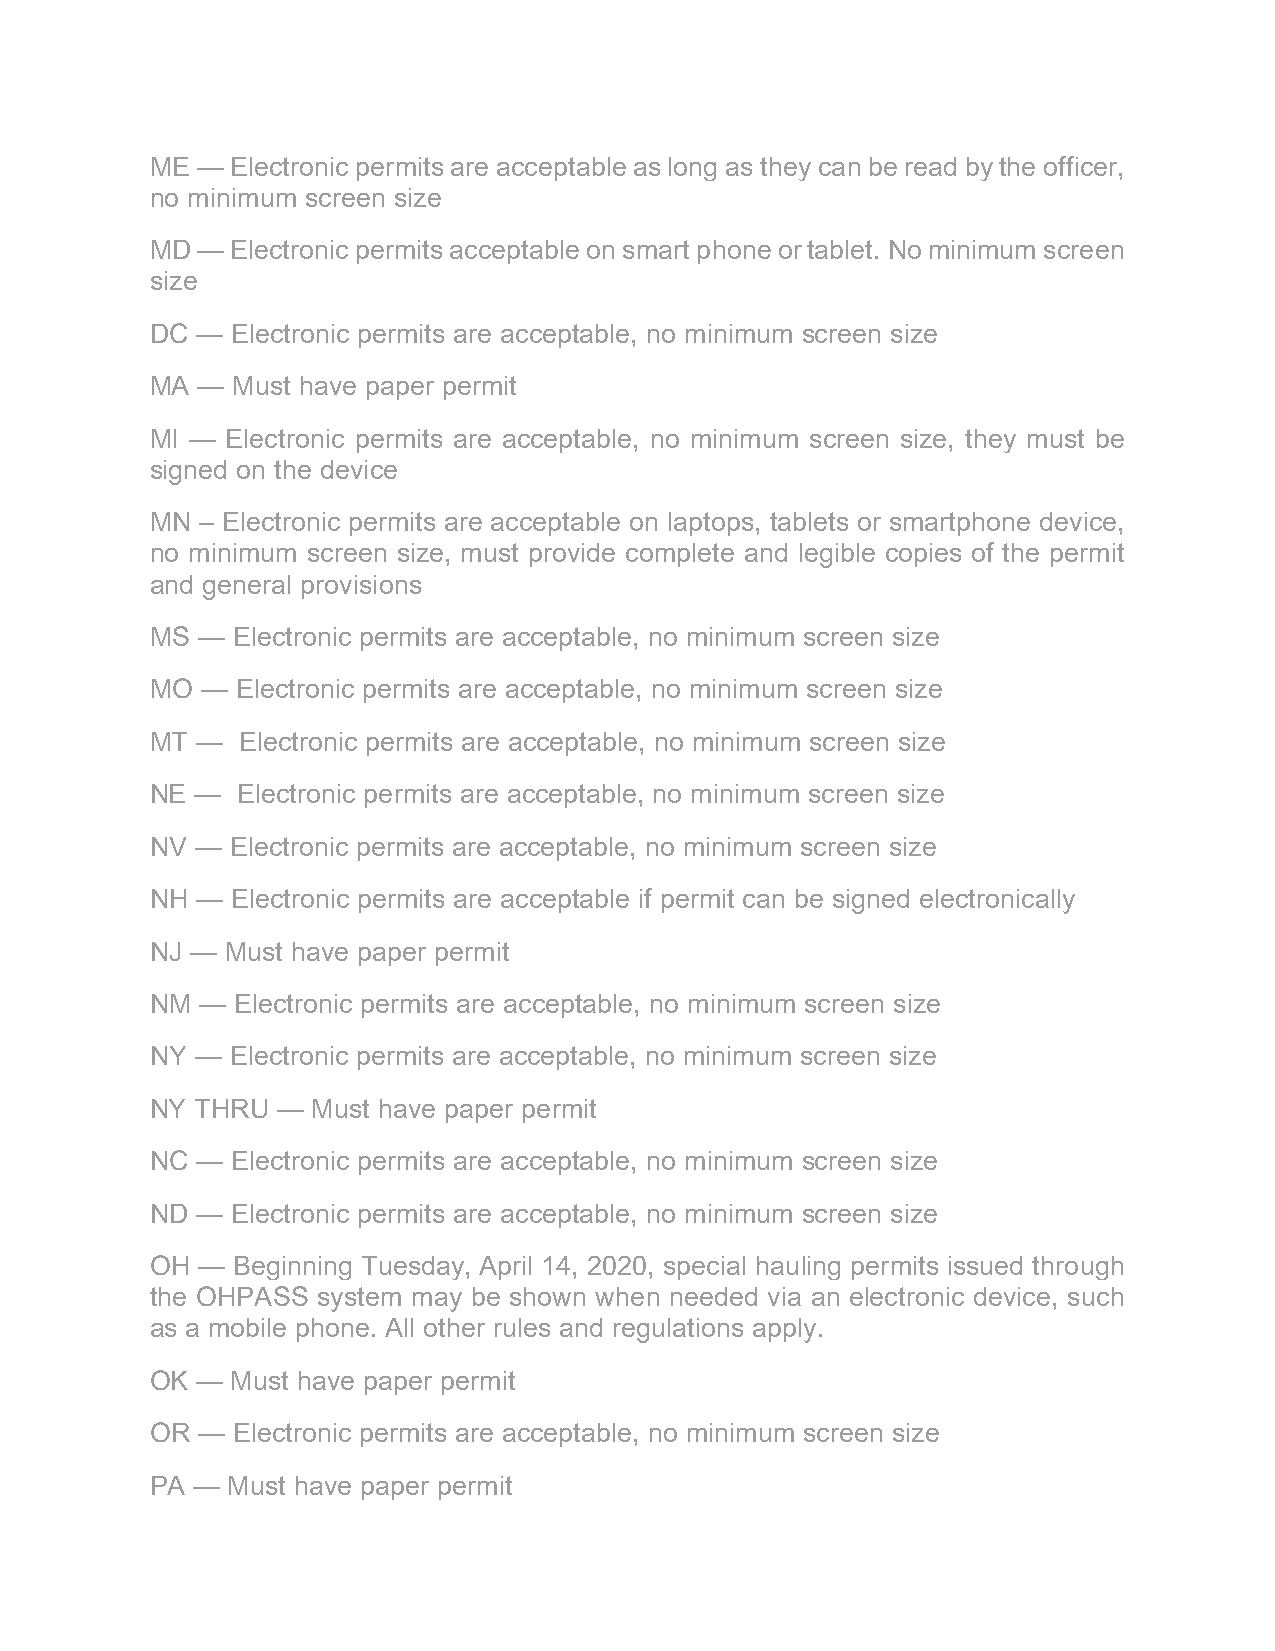
ME — Electronic permits are acceptable as long as they can be read by the officer,
 no minimum screen size
 MD — Electronic permits acceptable on smart phone or tablet. No minimum screen
 size
 DC — Electronic permits are acceptable, no minimum screen size
 MA — Must have paper permit
 MI — Electronic permits are acceptable, no minimum screen size, they must be
 signed on the device
 MN – Electronic permits are acceptable on laptops, tablets or smartphone device,
 no minimum screen size, must provide complete and legible copies of the permit
 and general provisions
 MS — Electronic permits are acceptable, no minimum screen size
 MO —  Electronic permits are acceptable, no minimum screen size
 MT —  Electronic permits are acceptable, no minimum screen size
 NE —  Electronic permits are acceptable, no minimum screen size
 NV — Electronic permits are acceptable, no minimum screen size
 NH — Electronic permits are acceptable if permit can be signed electronically
 NJ — Must have paper permit
 NM — Electronic permits are acceptable, no minimum screen size
 NY — Electronic permits are acceptable, no minimum screen size
 NY THRU —  Must have paper permit
 NC — Electronic permits are acceptable, no minimum screen size
 ND — Electronic permits are acceptable, no minimum screen size
 OH — Beginning Tuesday, April 14, 2020, special hauling permits issued through
 the OHPASS system may be shown when needed via an electronic device, such
 as a mobile phone. All other rules and regulations apply.
 OK — Must have paper permit
 OR — Electronic permits are acceptable, no minimum screen size
 PA — Must have paper permit